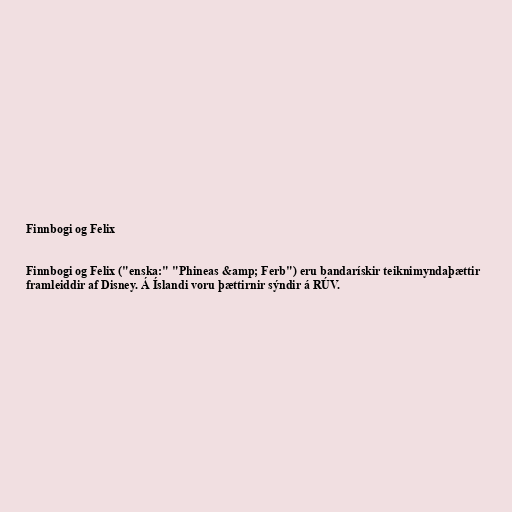
Finnbogi og Felix

Finnbogi og Felix ("enska:" "Phineas &amp; Ferb") eru bandarískir teiknimyndaþættir
framleiddir af Disney. Á Íslandi voru þættirnir sýndir á RÚV.